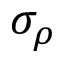
\sigma _ { \rho }